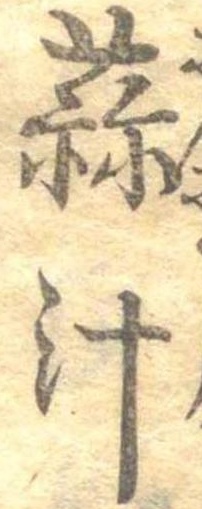
蒜汁